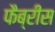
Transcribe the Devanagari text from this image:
फैब्रीस